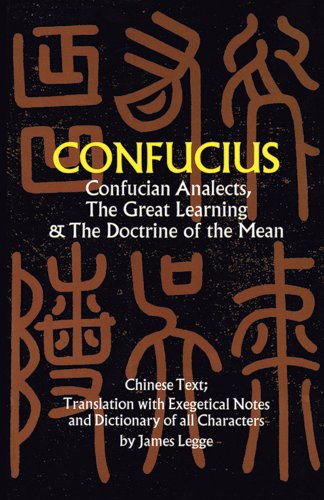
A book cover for Confucian Analects, The Great Learning & The Doctrine of the Mean; Confucius; Religion & Spirituality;